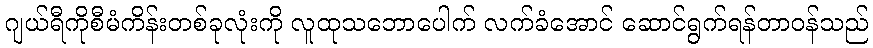
ဂျယ်ရီကိုစီမံကိန်းတစ်ခုလုံးကို လူထုသဘောပေါက် လက်ခံအောင် ဆောင်ရွက်ရန်တာဝန်သည်